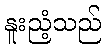
နူးညံ့သည်